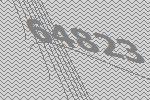
64823